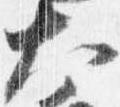
大